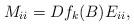
LaTeX: \begin{align*}M_{ii}=Df_k(B)E_{ii},\end{align*}